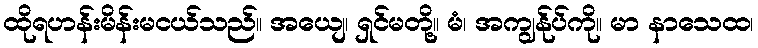
ထိုရဟန်းမိန်းမငယ်သည်။ အယျေ၊ ရှင်မတို့။ မံ၊ အကျွန်ုပ်ကို။ မာ နာသေထ၊